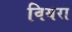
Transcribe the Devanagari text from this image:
वियरा